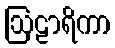
ဩဠာရိကာ